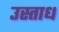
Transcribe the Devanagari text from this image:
उस्ताध